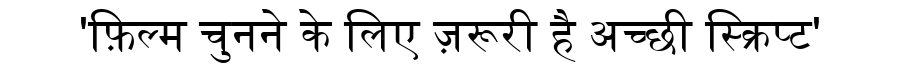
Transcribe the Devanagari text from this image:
'फ़िल्म चुनने के लिए ज़रूरी है अच्छी स्क्रिप्ट'